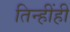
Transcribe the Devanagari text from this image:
तिन्हींही